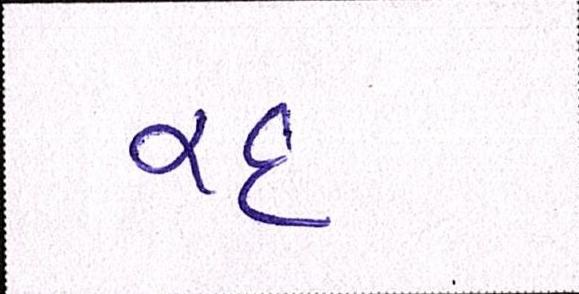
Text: રદ્દ